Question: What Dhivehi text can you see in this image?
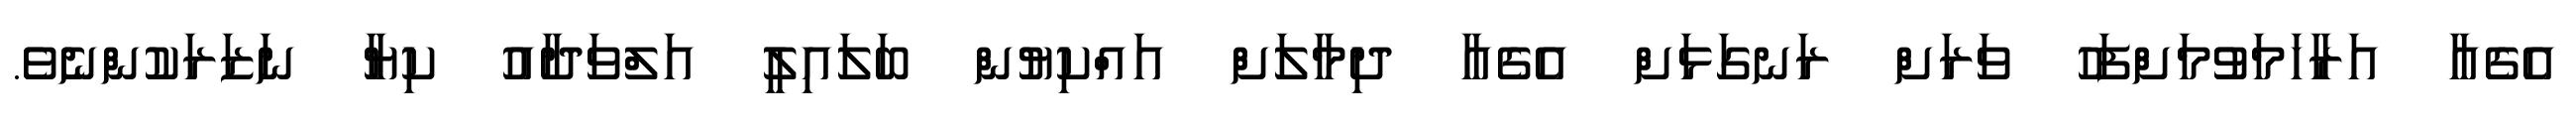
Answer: އެގެއާ އަރާހަމަވުމަށްފަހު ވަރަށް ރަނގަޅަށް އެގެއާ ދިމާލަށް އައްކިޔުން ބަލައިލީ އަލްވަދާއު ކިޔާ ނަޒަރަކުންނެވެ.